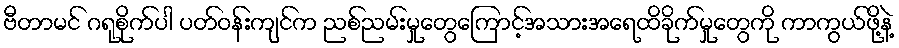
ဗီတာမင် ဂရုစိုက်ပါ ပတ်ဝန်းကျင်က ညစ်ညမ်းမှုတွေကြောင့်အသားအရေထိခိုက်မှုတွေကို ကာကွယ်ဖို့နဲ့